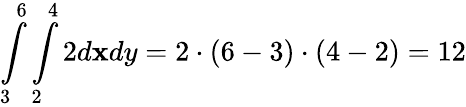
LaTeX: \int\limits_{3}^{6}\int\limits_{2}^{4}2d\mathbf{x}dy=2\cdot(6-3)\cdot(4-2)=12